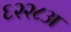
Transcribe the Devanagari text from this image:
६२२८अ